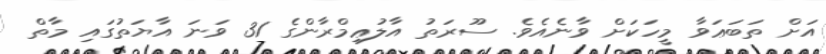
އަށް ތަބަޢަވާ މީހަކަށް ވާނެއެވެ. ސޫރަތު އާލުޢިމްރާންގެ 31 ވަނަ އާޔަތުގައި މާތް